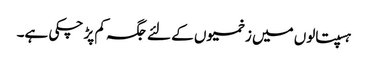
ہسپتالوں میں زخمیوں کے لئے جگہ کم پڑ چکی ہے۔